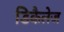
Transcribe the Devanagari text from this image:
डिकैलेज